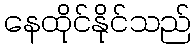
နေထိုင်နိုင်သည်